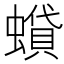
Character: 蟘